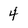
Character: 4